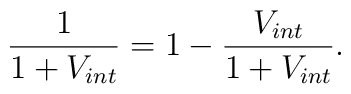
\frac{1}{1+V_{int}}=1-\frac{V_{int}}{1+V_{int}}.